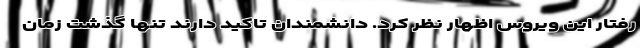
رفتار این ویروس اظهار نظر کرد. دانشمندان تاکید دارند تنها گذشت زمان